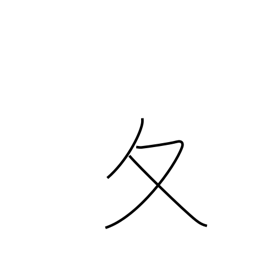
Meaning: winter radical (no. 34)